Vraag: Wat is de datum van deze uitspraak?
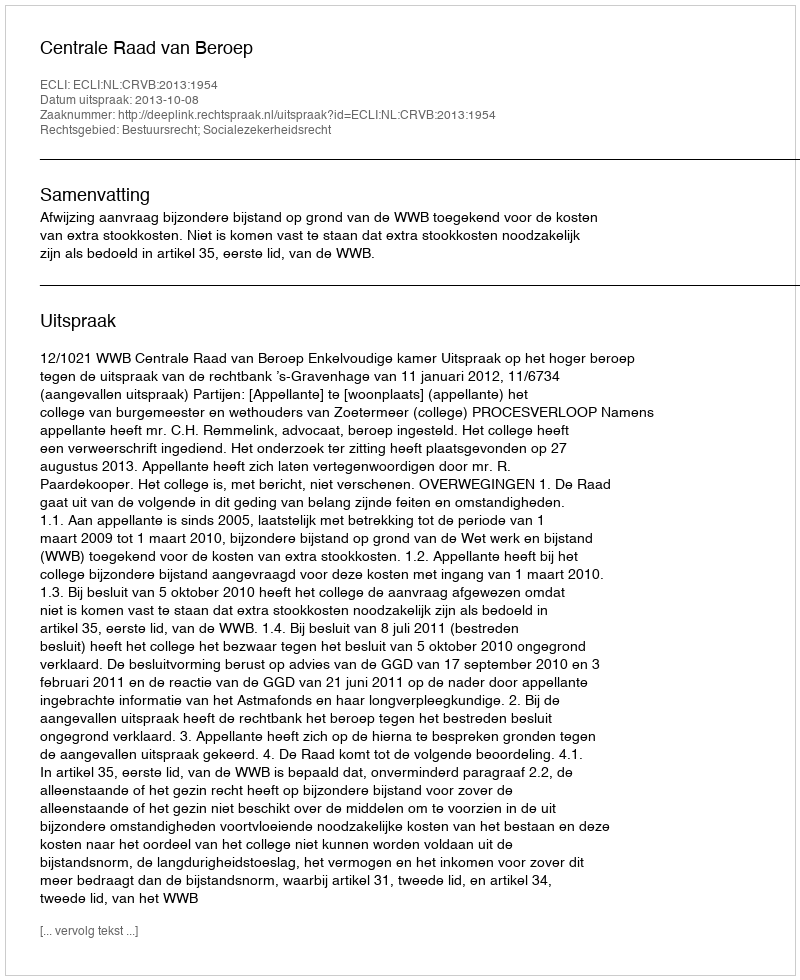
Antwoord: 2013-10-08